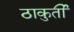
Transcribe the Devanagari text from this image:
ठाकुर्ती